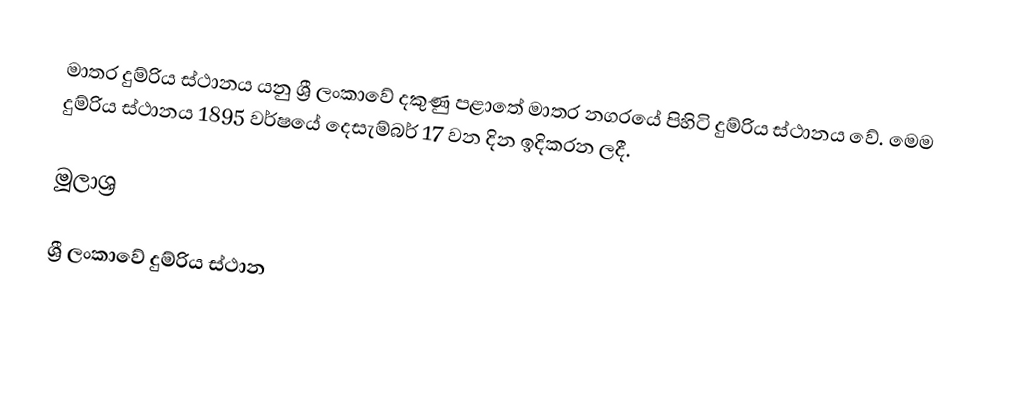
මාතර දුම්රිය ස්ථානය යනු ශ්‍රී ලංකාවේ දකුණු පළාතේ මාතර නගරයේ පිහිටි දුම්රිය ස්ථානය වේ. මෙම දුම්රිය ස්ථානය 1895 වර්ෂයේ දෙසැම්බර් 17 වන දින ඉදිකරන ලදී.

මූලාශ්‍ර

ශ්‍රී ලංකාවේ දුම්රිය ස්ථාන